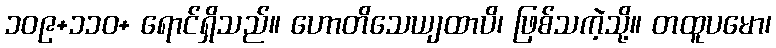
၁၀၉+၁၁၀+ ရောင်ရှိသည်။ ဟောတိသေယျထာပိ၊ ဖြစ်သကဲ့သို့။ တထူပမော၊